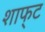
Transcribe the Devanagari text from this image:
शाफ्‌ट